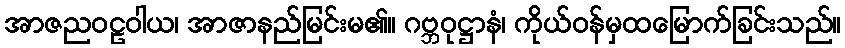
အာဇညဝဠဝါယ၊ အာဇာနည်မြင်းမ၏။ ဂဗ္ဘဝုဋ္ဌာနံ၊ ကိုယ်ဝန်မှထမြောက်ခြင်းသည်။